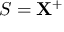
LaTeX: S = \mathbf { X } ^ { + }